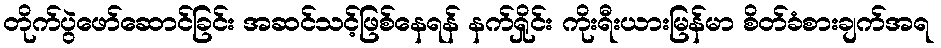
တိုက်ပွဲဖော်ဆောင်ခြင်း အဆင်သင့်ဖြစ်နေရန် နက်ရှိုင်း ကိုးရီးယားမြန်မာ စိတ်ခံစားချက်အရ